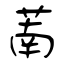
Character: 萳